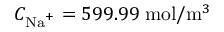
C _ { \mathrm { N a } ^ { + } } = 5 9 9 . 9 9 \; \mathrm { m o l } / \mathrm { m } ^ { 3 }